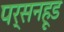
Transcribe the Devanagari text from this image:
पर्सनहूड